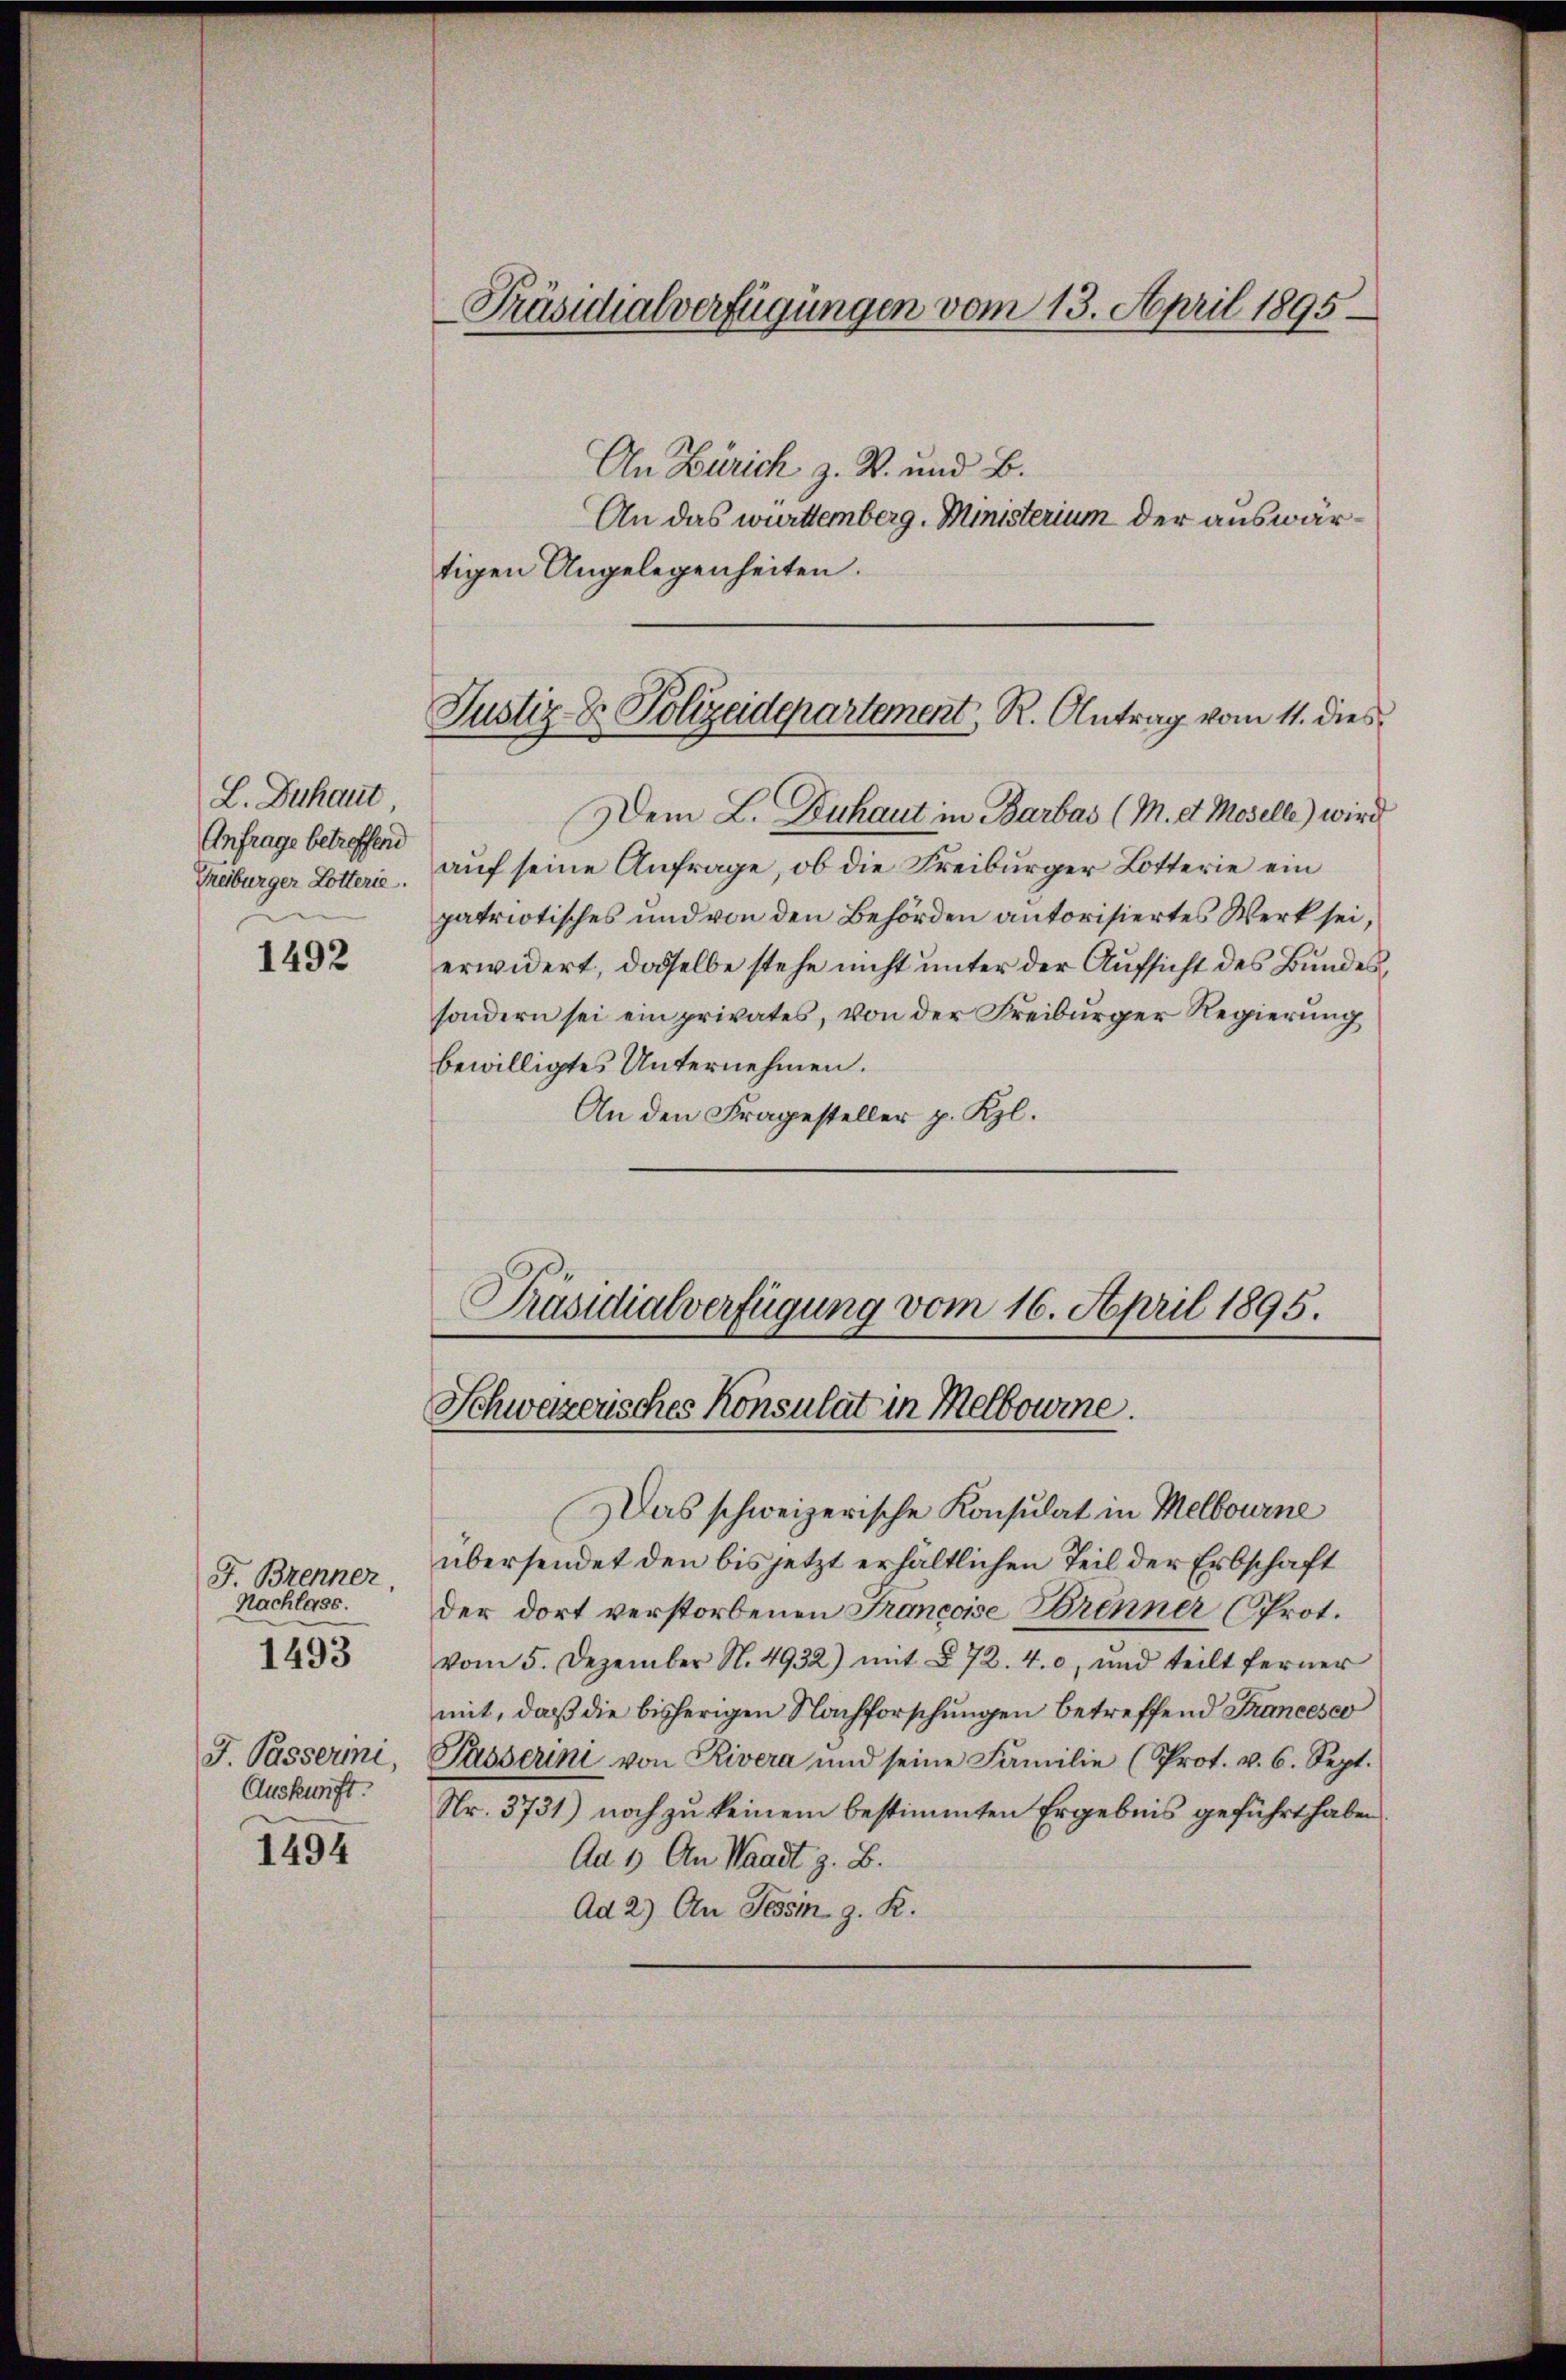
L. Zuhaut
Anfrage betreffend
Treiburger Lotterie.

1492

J. Brenner,
Nachlass.
J. Passerini,
Auskunft.

1493

1494

An Zürich z. B. und B.
An das württemberg. Ministerium der auswärtigen Angelegenheiten.
Dem L. Zuhaut in Barbas (M. et Moselle) wird
auf seine Anfrage, ob die Freiburger Lotterie ein
patriotisches und von den Behörden autorisiertes Werk sei,
erwidert, dasselbe stehe nicht unter der Aufsicht des Bundessondern sei ein privates, von der Freiburger Regierung
bewilligtes Unternehmen.
An den Fragesteller p. Kzl.

Präsidialverfügungen vom 13. April 1895

Justiz- & Polizeidepartement, R. Antrag vom 11. dies

Präsidialverfügung vom 16. April 1895.
Schweizerisches Konsulat in Melbourne.

Das schweizerische Konsulat in Melbourne
übersendet den bis jetzt erhältlichen Teil der Erbschaft
der dort verstorbenen Francoise Brenner (Prot.
vom 5. Dezember N. 4932) mit § 72. 4. c, und teilt ferner
mit, daß die bisherigen Nachforschungen betreffend Francesco
Pässerini von Rivera und seine Familie (Prot. v. 6. Sept.
Nr. 3731) noch zu keinem bestimmten Ergebnis geführt haben.
Ad 1. An Waadt z. B.
Ad 2) An Tessin z. R.